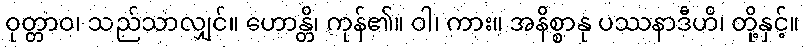
ဝုတ္တာဝ၊ သည်သာလျှင်။ ဟောန္တိ၊ ကုန်၏။ ဝါ၊ ကား။ အနိစ္စာနု ပဿနာဒီဟိ၊ တို့နှင့်။